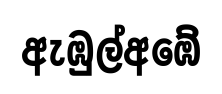
ඇඹුල්අඹේ